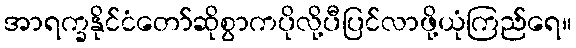
အာရက္ခနိုင်ငံတော်ဆိုစွာကပိုလို့ပီပြင်လာဖို့ယုံကြည်ရေ။